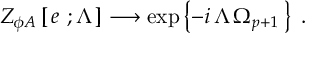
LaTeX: Z _ { \phi A } \left[ \, e \ ; \Lambda \, \right] \longrightarrow \exp \left\{ - i \, \Lambda \, \Omega _ { p + 1 } \, \right\} \ .